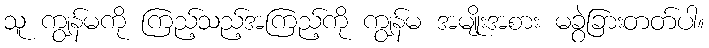
သူ ကျွန်မကို ကြည့်သည့်အကြည့်ကို ကျွန်မ အမျိုးအစား မခွဲခြားတတ်ပါ။